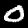
Label: 0